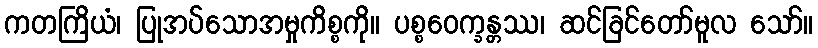
ကတကြိယံ၊ ပြုအပ်သောအမှုကိစ္စကို။ ပစ္စဝေက္ခန္တဿ၊ ဆင်ခြင်တော်မူလ သော်။